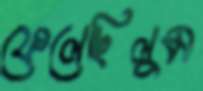
ফেলেছিলুম